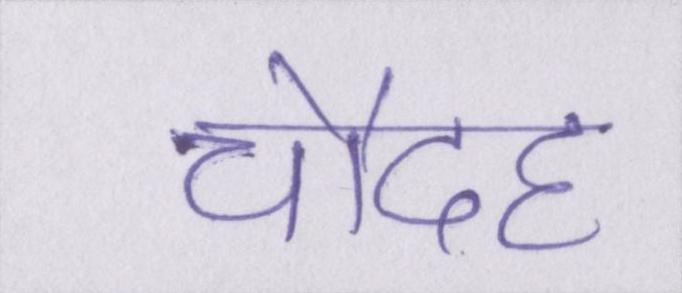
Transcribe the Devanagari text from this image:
चौदह